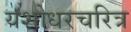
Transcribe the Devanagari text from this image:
यशोधरचरित्र